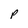
Character: p